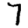
Digit: 7